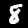
Digit: 8